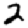
Digit: 2